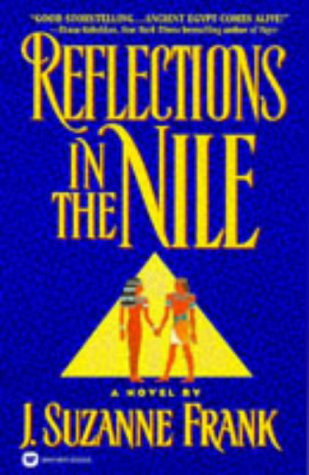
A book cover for Reflections in the Nile; J. Suzanne Frank; Romance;